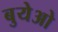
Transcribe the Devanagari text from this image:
बुयेओ